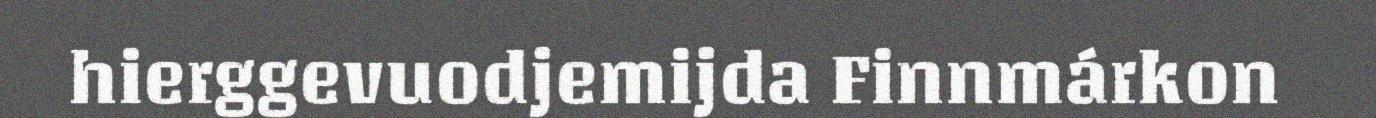
hierggevuodjemijda Finnmárkon